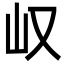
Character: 𫵴